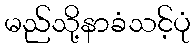
မည်သို့နာခံသင့်ပုံ